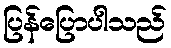
ပြန်ပြောပါသည်